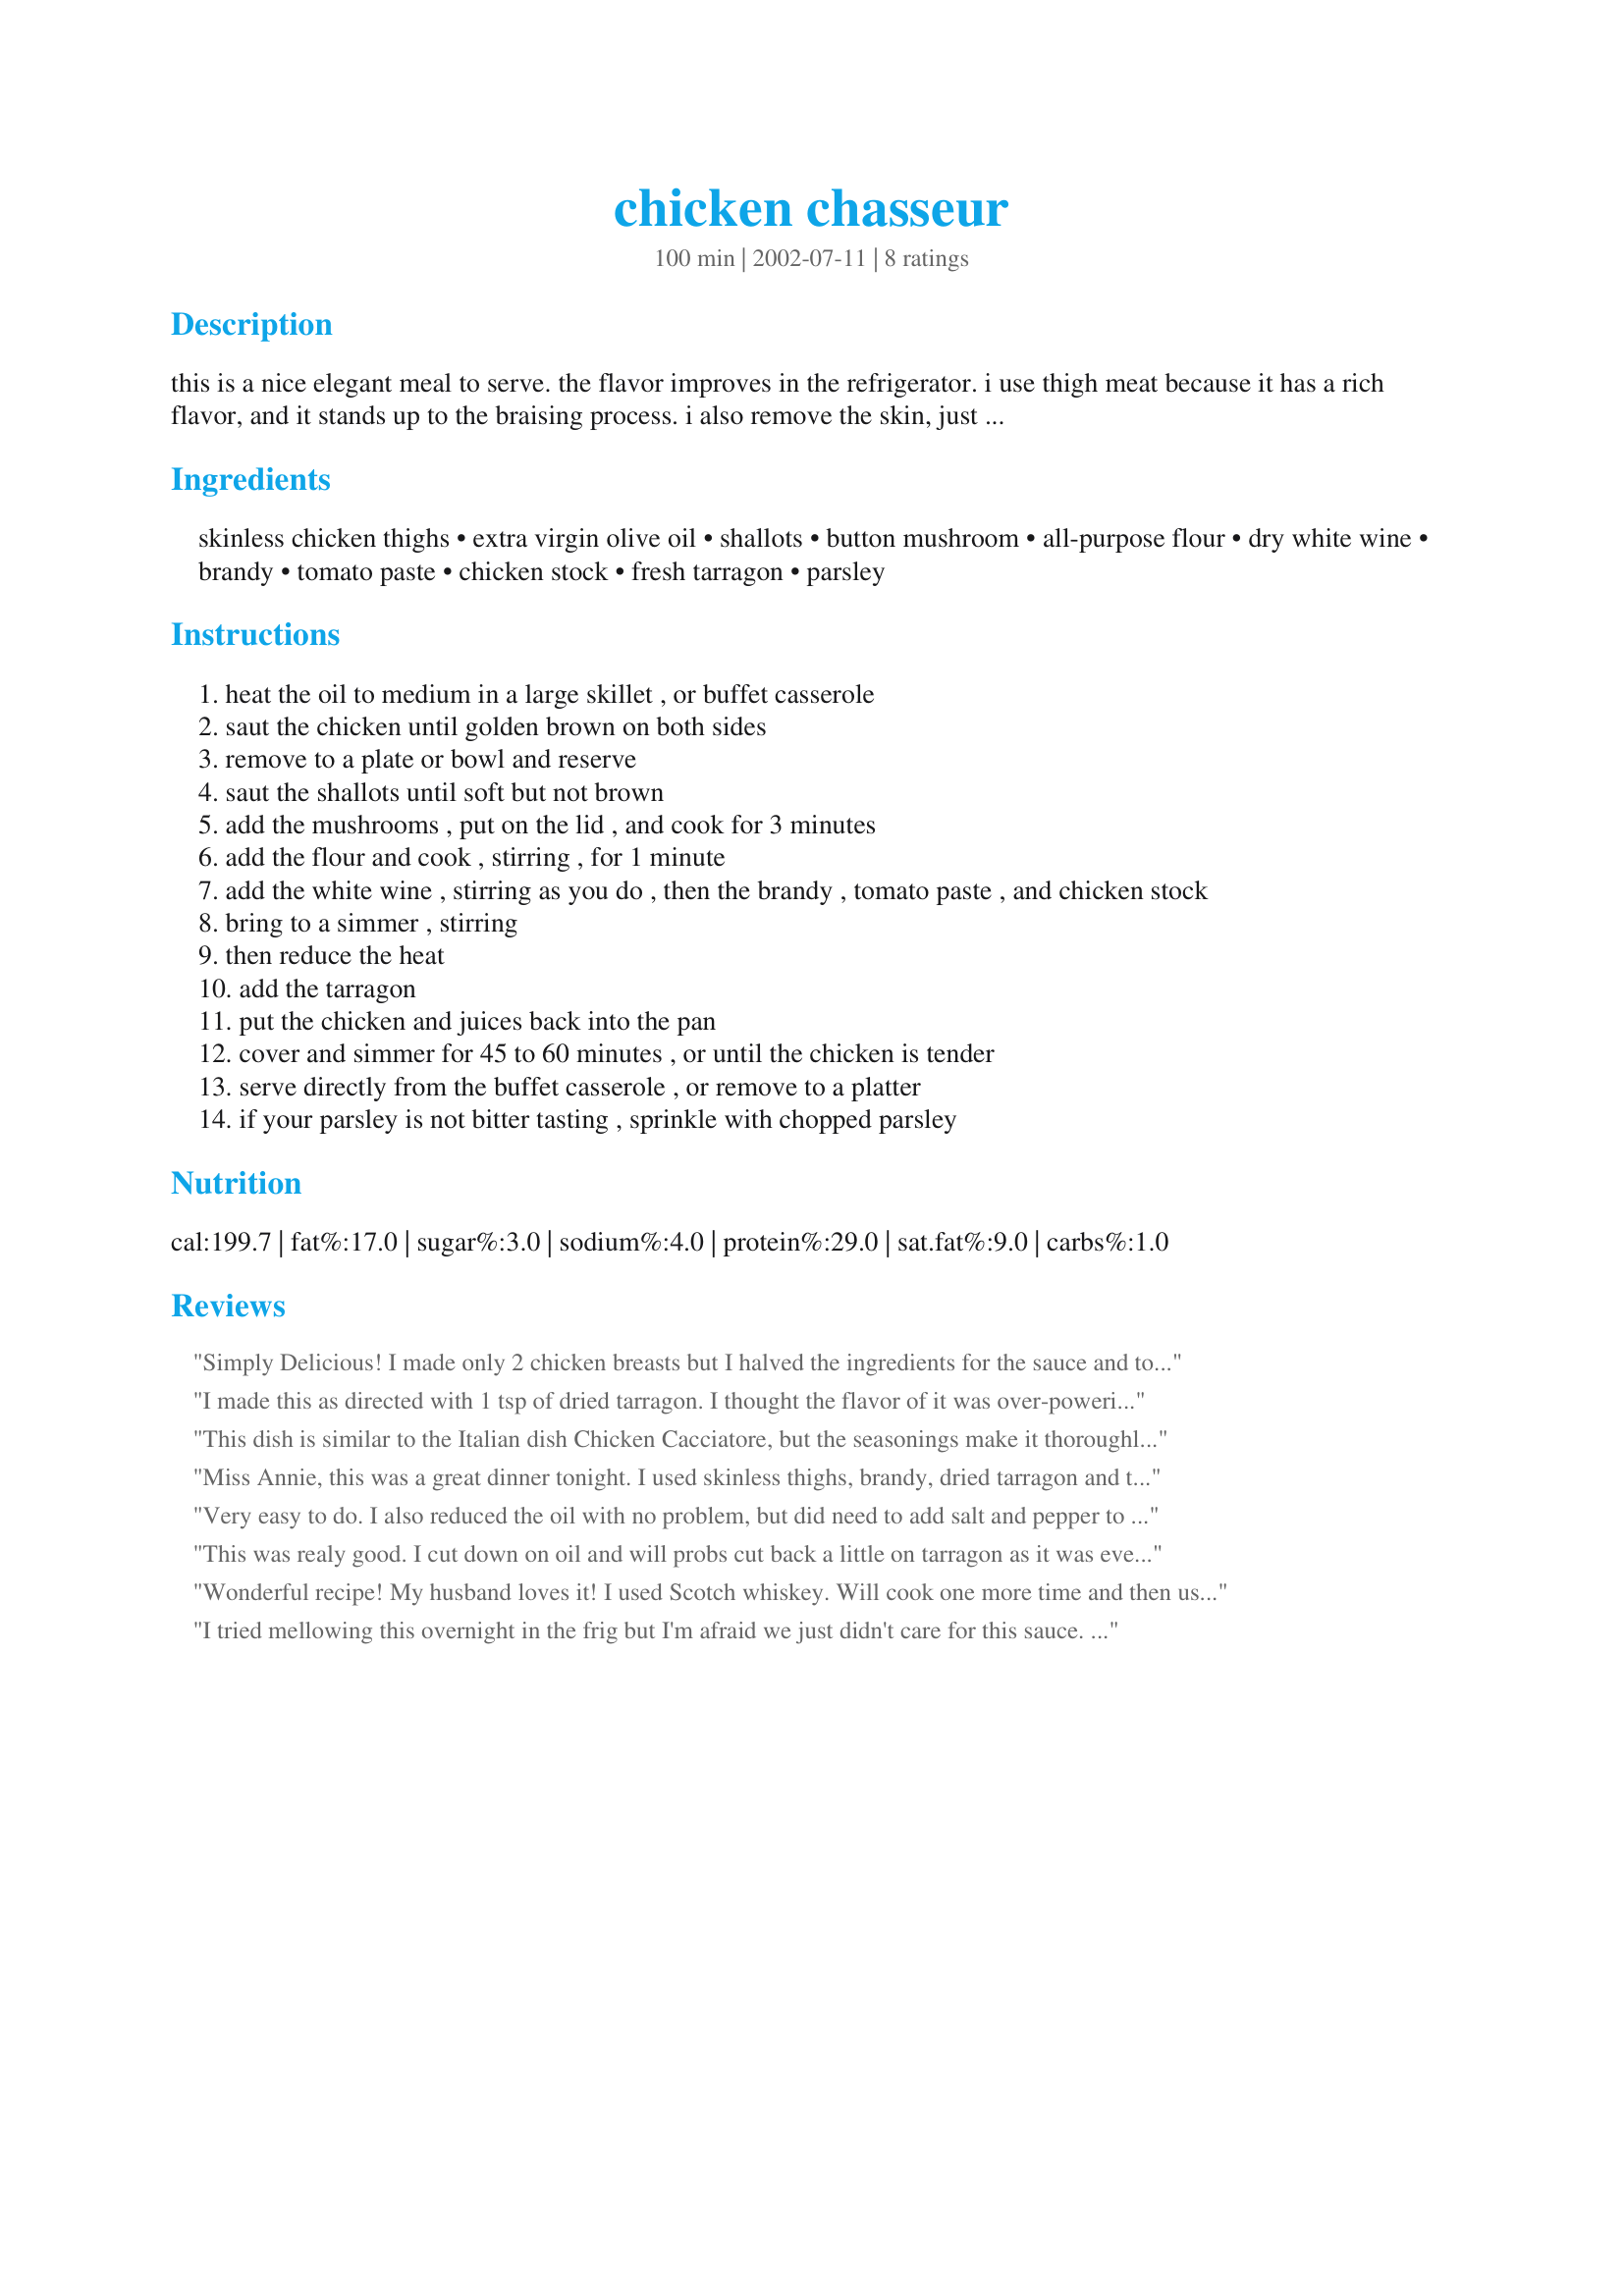
chicken chasseur
Preparation time: 100 minutes

this is a nice elegant meal to serve. the flavor improves in the refrigerator. i use thigh meat because it has a rich flavor, and it stands up to the braising process. i also remove the skin, just because it looks better in the finished product. you may use about 1 tbsp. of butter with the olive oil if you prefer that flavor.

Ingredients:
skinless chicken thighs, extra virgin olive oil, shallots, button mushroom, all-purpose flour, dry white wine, brandy, tomato paste, chicken stock, fresh tarragon, parsley

Steps:
heat the oil to medium in a large skillet , or buffet casserole
saut the chicken until golden brown on both sides
remove to a plate or bowl and reserve
saut the shallots until soft but not brown
add the mushrooms , put on the lid , and cook for 3 minutes
add the flour and cook , stirring , for 1 minute
add the white wine , stirring as you do , then the brandy , tomato paste , and chicken stock
bring to a simmer , stirring
then reduce the heat
add the tarragon
put the chicken and juices back into the pan
cover and simmer for 45 to 60 minutes , or until the chicken is tender
serve directly from the buffet casserole , or remove to a platter
if your parsley is not bitter tasting , sprinkle with chopped parsley

Reviews:
Simply Delicious! I made only 2 chicken breasts but I halved the ingredients for the sauce and tossed the leftover sauce with whole wheat pasta. I reduced the amount of olive oil, used dried tarragon, 2 tbs. cognac (didn't have brandy) and added a handful of sliced sun dried tomatoes. The chicken was cooked through after about 8 minutes (but I only had 2 breasts in the pan). Thanks for posting...I will be making this again!
I made this as directed with 1 tsp of dried tarragon. I thought the flavor of it was over-powering (and not in a good way.) I like all the other ingredients though, so I will probably try this again with another herb like basil or oregano. (This would explain why my jar of tarragon is full - I don't like it!!) I served this with wide noodles.
This dish is similar to the Italian dish Chicken Cacciatore, but the seasonings make it thoroughly French. I used chicken breasts, and the whiskey option. We served it with egg noodles. Delicious; thanks for posting!
Miss Annie, this was a great dinner tonight. I used skinless thighs, brandy, dried tarragon and the parsley. I didn't think I liked tarragon too much, but am now converted!
I was able to reduce the oil by half with no problems, and after tasting the finished dish before serving, I added a further 2 teaspoons of tomato paste, and loads of freshly ground black pepper.
Very easy to do. I also reduced the oil with no problem, but did need to add salt and pepper to the finished product. This a a great make ahead and reheat dish. We had it for lunch today with boiled new potatoes and salsifis. Very French taste with a minimum of fuss.
This was realy good. I cut down on oil and will probs cut back a little on tarragon as it was ever so slightly overpowering and a lot of salt and pepper at the end. This is definately a keeper with these little tweeks. Served with baby new potato and green beans
Wonderful recipe! My husband loves it! I used Scotch whiskey. Will cook one more time and then use this recipe for guests. Thanks so much!!
I tried mellowing this overnight in the frig but I'm afraid we just didn't care for this sauce. I guess that's why they make chocolate, vanilla and strawberry.
